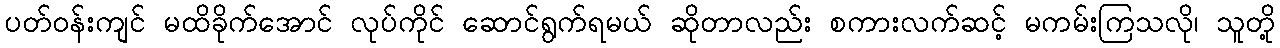
ပတ်ဝန်းကျင် မထိခိုက်အောင် လုပ်ကိုင် ဆောင်ရွက်ရမယ် ဆိုတာလည်း စကားလက်ဆင့် မကမ်းကြသလို၊ သူတို့